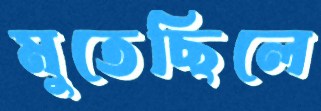
মুতেছিলে